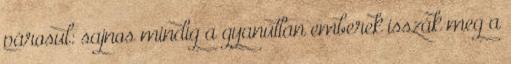
párosul: sajnos mindig a gyanútlan emberek isszák meg a